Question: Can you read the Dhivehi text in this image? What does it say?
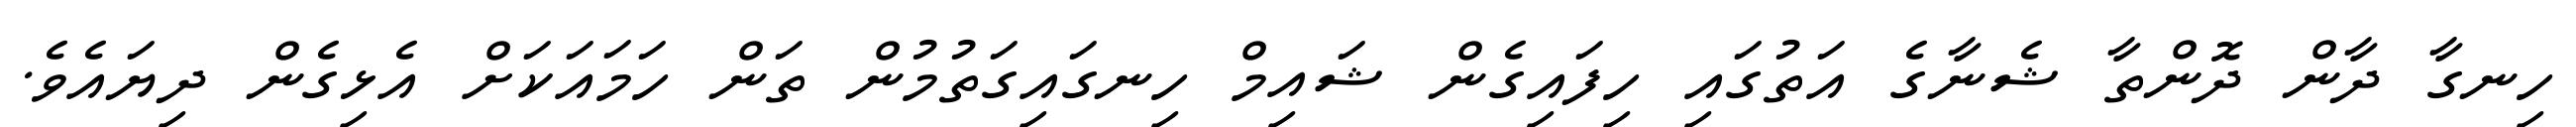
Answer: ހިނގާ ދާން ދޮންތާ ޝެނާގެ އަތުގައި ހިފައިގެން ޝައިމް ހިނގައިގަތުމުން ތަން ހަމައަކަށް އެޅިގެން ދިޔައެވެ.